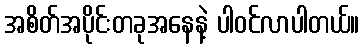
အစိတ်အပိုင်းတခုအနေနဲ့ ပါဝင်လာပါတယ်။